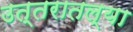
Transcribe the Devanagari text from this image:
उत्तरातल्या